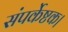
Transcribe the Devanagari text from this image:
संपर्केष्टक।